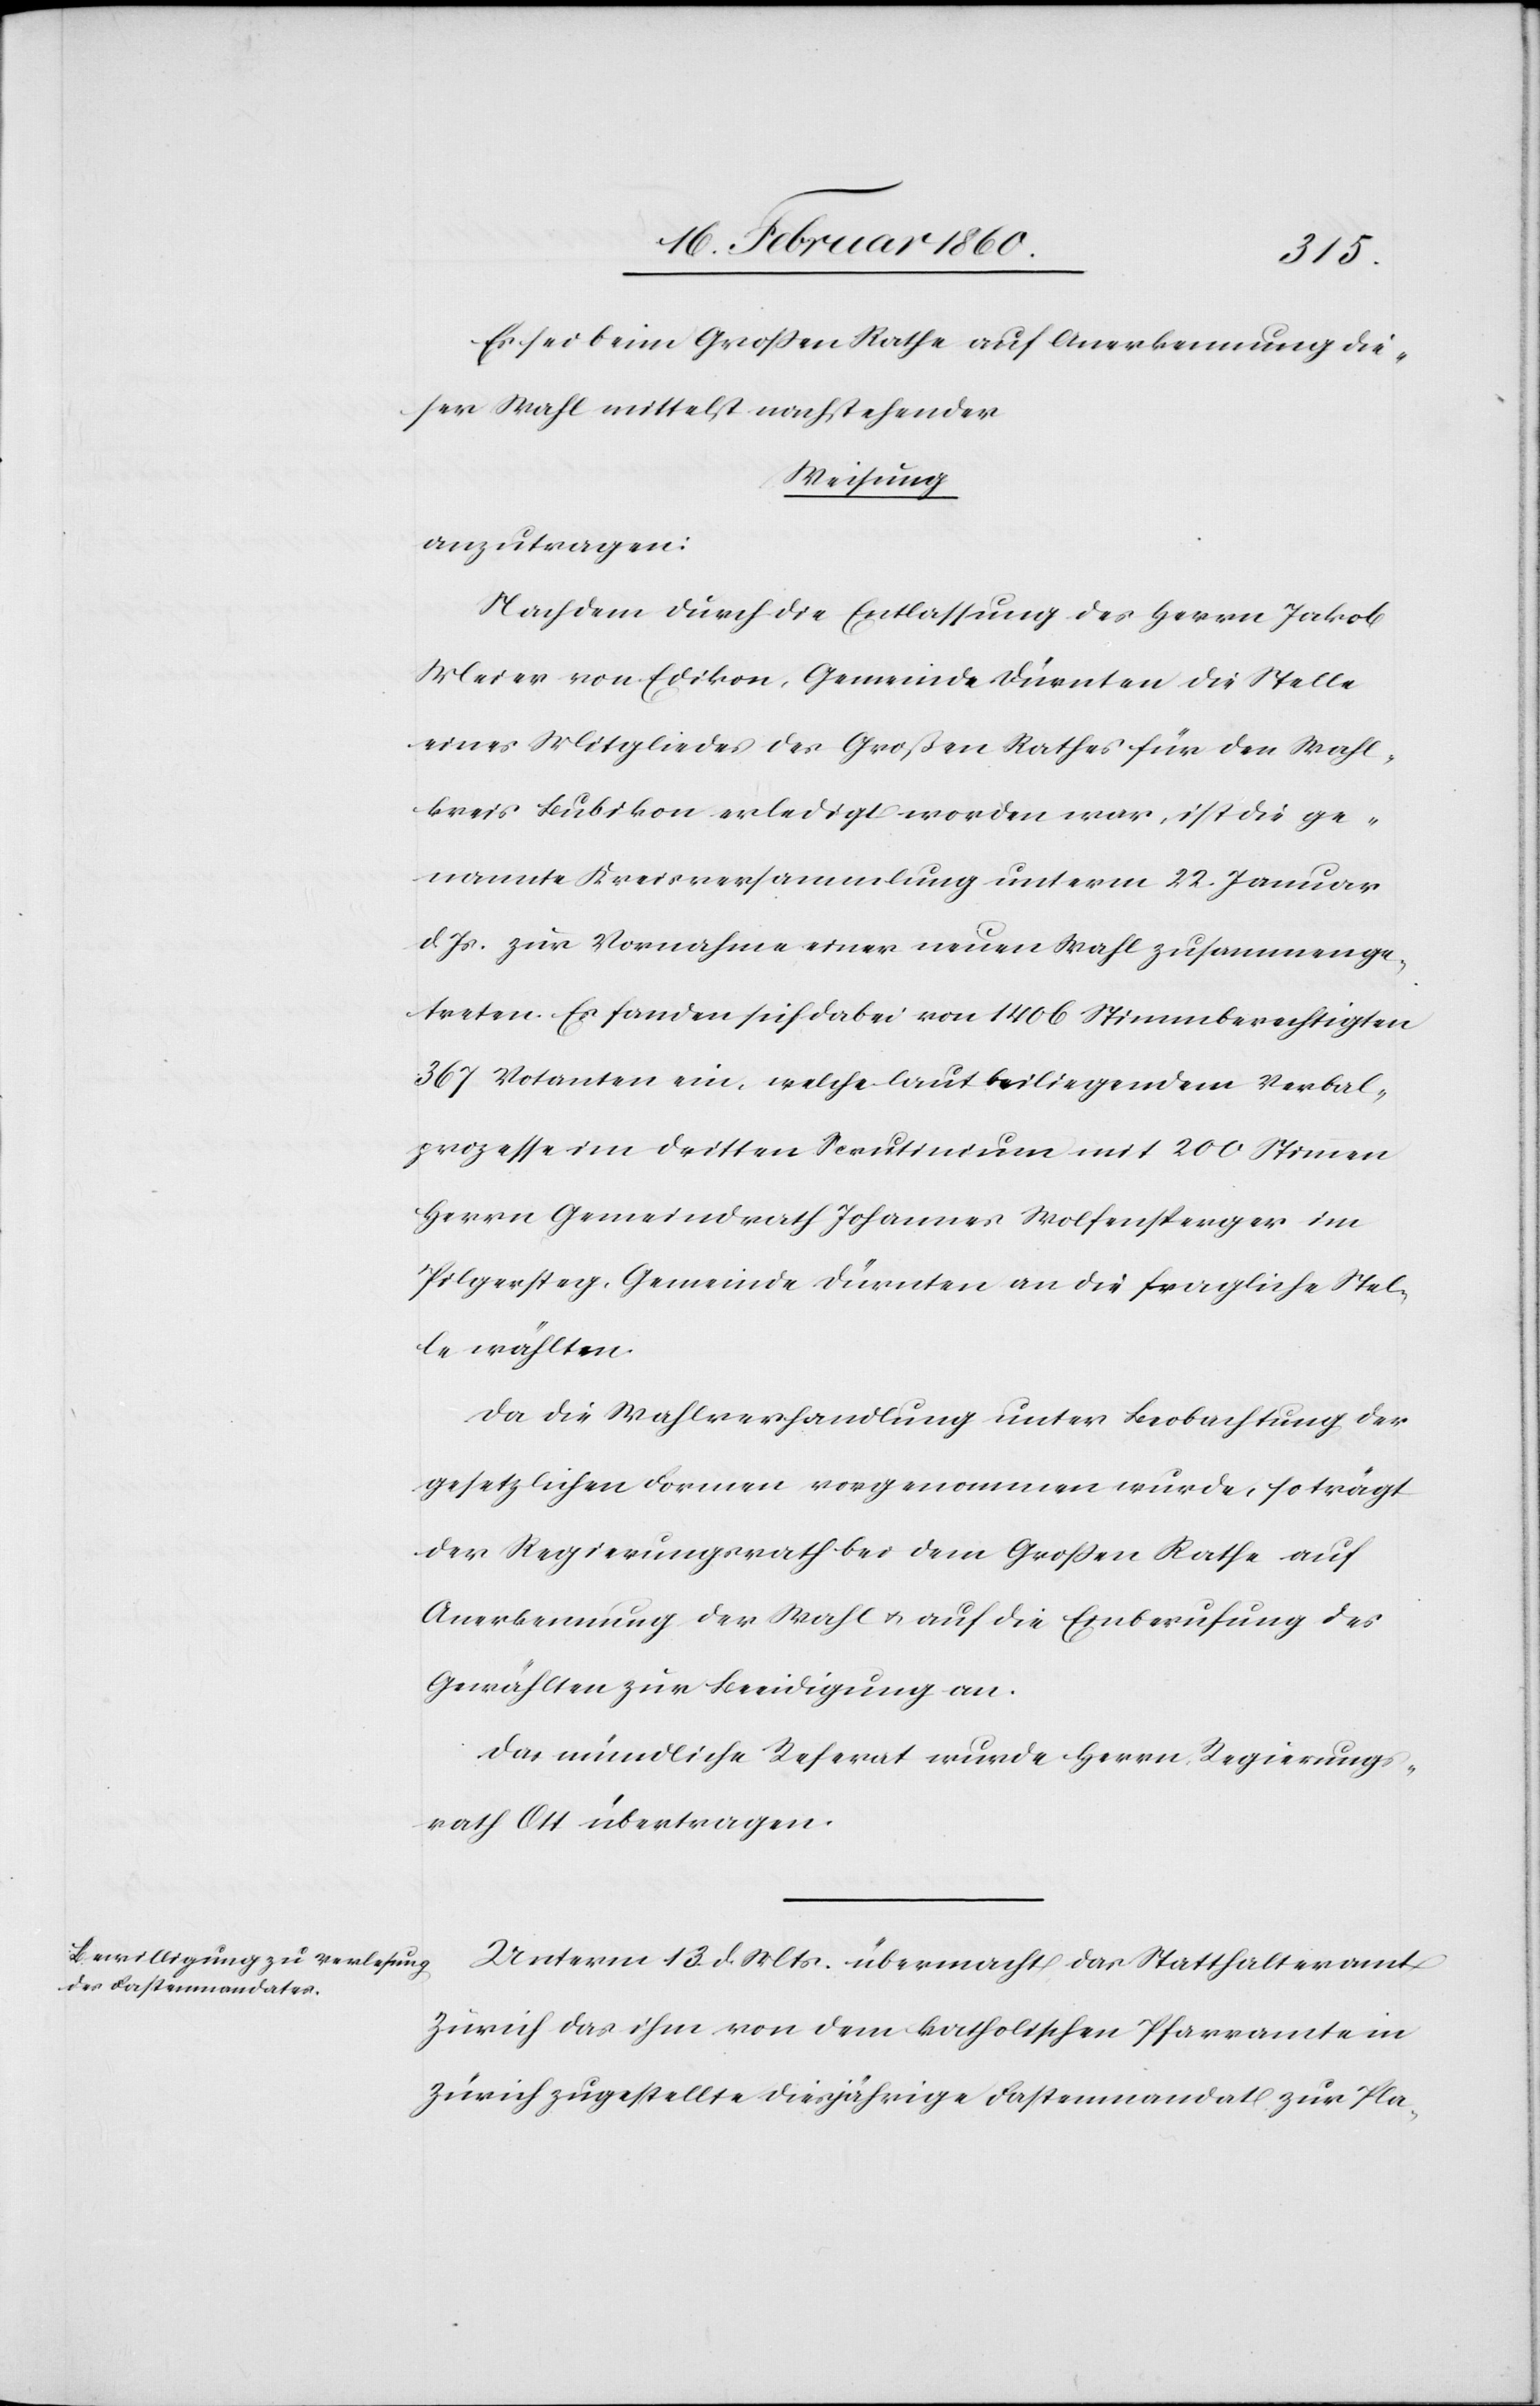
Es sei beim Grossen Rathe auf Anerkennung die¬
ser Wahl mittelst nachstehender
Weisung
anzutragen:
Nach dem durch die Entlassung des Herrn Jakob
Meier von Edikon, Gemeinde Dürnten die Stelle
eines Mitgliedes des Großen Rathes für den Wahl¬
kreis Bubikon erledigt worden war, ist die ge¬
nannte Kreisversammlung unterm 22. Januar
d. Js. zur Vornahme einer neuen Wahl zusammenge¬
treten. Es fanden sich dabei von 1406 Stimmberechtigten
367 Votanten ein, welche laut beiliegendem Verbal¬
prozesse im dritten Scrutinium mit 200 Stimmen
Herrn Gemeindrath Johannes Wolfensperger im
Pilgersteg, Gemeinde Dürnten an die fragliche Stel¬
le wählten.
Da die Wahlversammlung unter Beobachtung der
gesetzlichen Formen vorgenommen wurde, so trägt
der Regierungsrath dem Grossen Rathe auf
Anerkennung der Wahl u. auf die Einberufung des
Gewählten zur Beeidigung an.
Das mündliche Referat wurde Herrn Regierungs¬
rath Ott übertragen.
Unterm 13. d. Mts. übermacht das Statthalteramt
Zürich das ihm von dem katholischen Pfarramte in
Zürich zugestellte diesjährige Fastenmandat zur Pla-